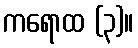
ကရောထ (၃)။